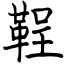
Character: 鞓